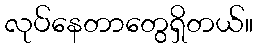
လုပ်နေတာတွေရှိတယ်။